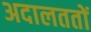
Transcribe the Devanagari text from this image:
अदालततों